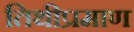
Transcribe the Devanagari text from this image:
तिथीप्रमाण